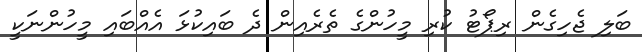
ބަލި ޖެހިގެން ރިޕޯޓު ކުރި މީހުންގެ ތެރެއިން ދެ ބައިކުޅަ އެއްބައި މީހުންނަކީ